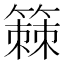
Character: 𫂡